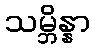
သမ္ဘိန္နာ